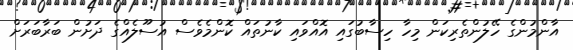
އާންމުންގެ ހޭލުންތެރިކަން މިހާ ހިސާބުގައި އޮއްވައި ކާނުތައް ކޮންމެވެސް އުސޫލެއްގެ ދަށުން ބަރާބަރަށް